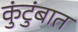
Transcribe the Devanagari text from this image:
कुंटुंबात